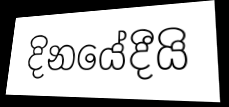
දිනයේදීයි